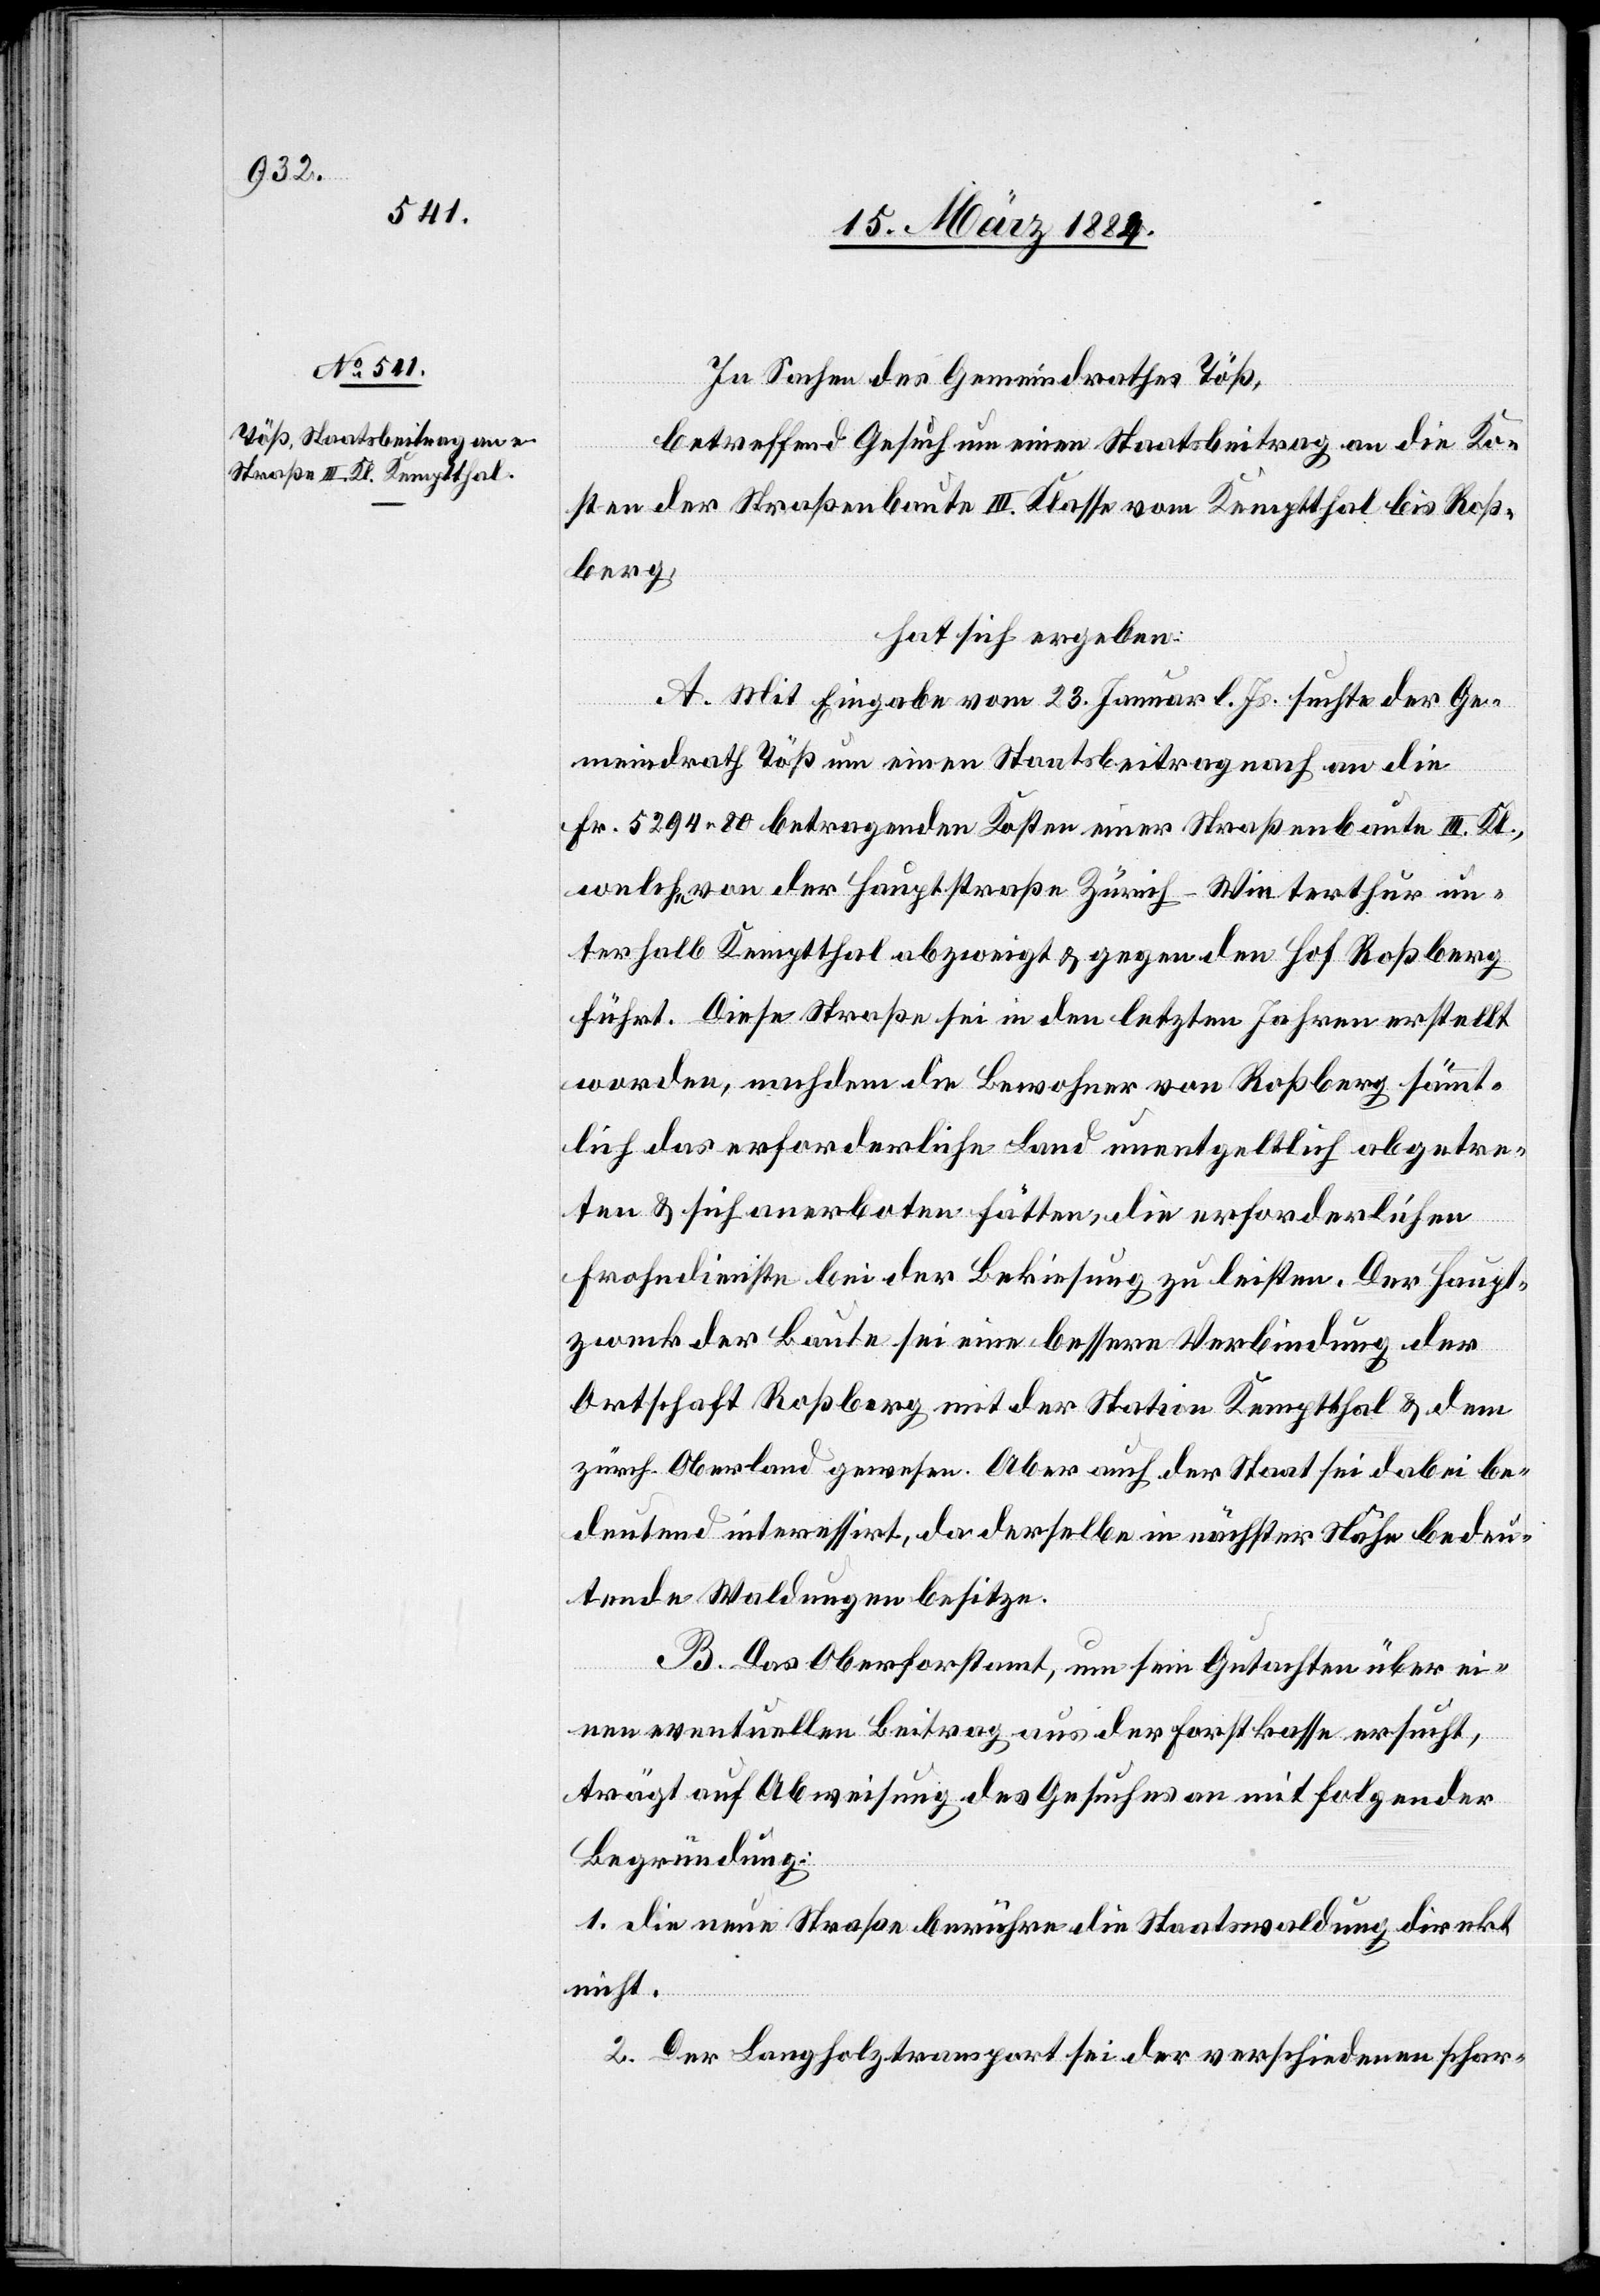
In Sachen des Gemeindrathes Töß,
betreffend Gesuch um einen Staatsbeitrag an die Ko¬
sten der Straßenbaute III. Klasse vom Kemptthal bis Roß¬
berg,
hat sich ergeben:
A. Mit Eingabe vom 23. Januar l. Js. sucht der Ge¬
meindrath Töß um einen Staatsbeitrag nach an die
Fr. 5294 80 betragenden Kosten einer Straßenbaute III. Kl.,
welche von der Hauptstraße Zürich–Winterthur un¬
terhalb Kemptthal abzweigt & gegen den Hof Roßberg
führt. Diese Straße sei in den letzten Jahren erstellt
worden, nachdem die Bewohner von Roßberg sämmt¬
lich das erforderliche Land unentgeltlich abgetre¬
ten & sich anerboten hätten, die erforderlichen
Frohndienste bei der Bekiesung zu leisten. Der Haupt¬
zweck der Baute sei eine bessere Verbindung der
Ortschaft Roßberg, mit der Station Kemptthal & dem
zürch. Oberland gewesen. Aber auch der Staat sei dabei be¬
deutend interessirt, da derselbe in nächster Nähe bedeu¬
tende Waldungen besitze.
B. Das Oberforstamt, um sein Gutachten über ei¬
nen eventuellen Beitrag aus der Forstkasse ersucht,
trägt auf Abweisung des Gesuches an mit folgender
Begründung:
1. Die neue Straße berühre die Staatswaldung direkt
nicht.
2. Der Langholztransport sei der verschiedenen schar-